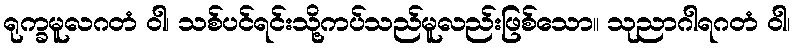
ရုက္ခမူလဂတံ ဝါ၊ သစ်ပင်ရင်းသို့ကပ်သည်မူလည်းဖြစ်သော။ သုညာဂါရဂတံ ဝါ၊